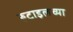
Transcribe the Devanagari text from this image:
रुटाइलच्या